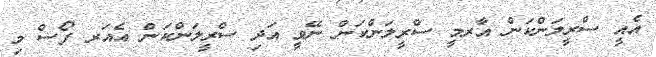
އެއީ ސްރީލަންކަން އާރމީ ސްރީލަންކަން ނޭވީ އަދި ސްރީލަންކަން އެއަރ ފޯސް މި